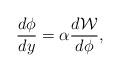
LaTeX: \begin{align*}\frac{d\phi}{dy}= \alpha \frac{d{\cal W}}{d\phi},\end{align*}